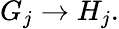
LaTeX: G_{j}\to H_{j}.